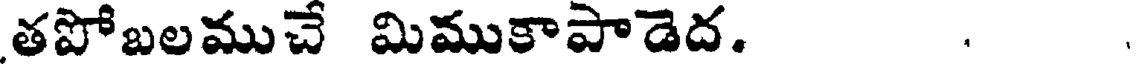
తపోబలముచే మిముకాపాడెద. .